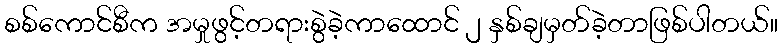
စစ်ကောင်စီက အမှုဖွင့်တရားစွဲခဲ့ကာထောင် ၂ နှစ်ချမှတ်ခဲ့တာဖြစ်ပါတယ်။